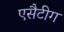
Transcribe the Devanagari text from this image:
एसैटीग